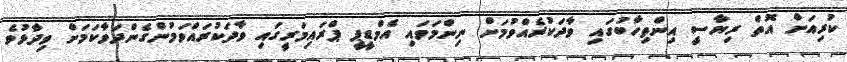
ކުރިއަށް އޮތް ރިޔާސީ އިންތިހާބުގައި ވާދަކުރެއްވުމަށް ނިންމަވައި އެމްޑީޕީ ޕްރައިމަރީގައި ވާދަކުރައްވަމުންގެންދަވާކަމަށް ވިދާޅުވެ